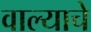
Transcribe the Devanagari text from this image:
वाल्याचे